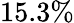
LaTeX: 15.3\%